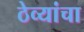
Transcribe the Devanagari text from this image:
ठेव्यांचा